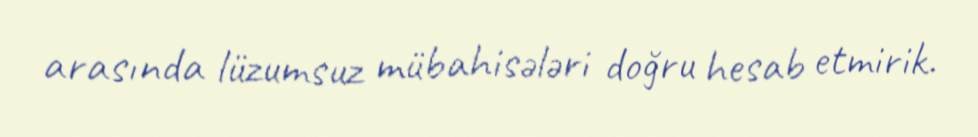
arasında lüzumsuz mübahisələri doğru hesab etmirik.